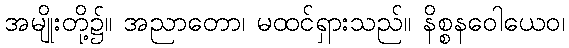
အမျိုးတို့၌။ အညာတော၊ မထင်ရှားသည်။ နိစ္စနဝေါယေဝ၊